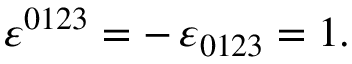
\varepsilon ^ { 0 1 2 3 } = - \, \varepsilon _ { 0 1 2 3 } = 1 .